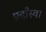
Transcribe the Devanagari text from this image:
फ़्हाँस्वा